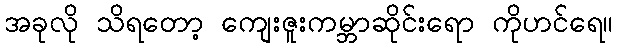
အခုလို သိရတော့ ကျေးဇူးကမ္ဘာဆိုင်းရော ကိုဟင်ရေ။